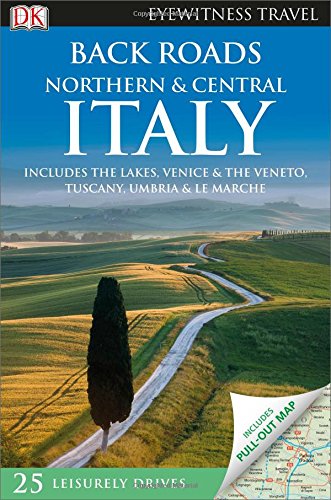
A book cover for Back Roads Northern & Central Italy (Eyewitness Travel Back Roads); DK Publishing; Travel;